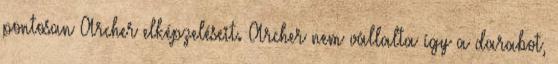
pontosan Archer elképzeléseit. Archer nem vállalta így a darabot,